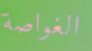
الغواصة